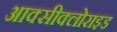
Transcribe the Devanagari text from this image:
आक्सीक्लोराइड